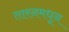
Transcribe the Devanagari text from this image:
तारनमधून